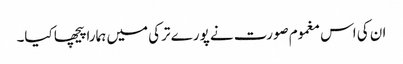
ان کی اس مغموم صورت نے پورے ترکی میں ہمارا پیچھا کیا۔